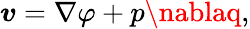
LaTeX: \boldsymbol{\mathit{v}}=\nabla\varphi+p\nablaq,